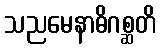
သညမေနာဓိဂစ္ဆတိ